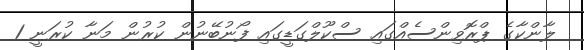
ލާންކާގެ ޕްރޮވިންސެއްގައި ސްކޫލްގަޑީގައި ފޯނުބޭނުން ކުރުން މަނާ ކުރަނީ 1